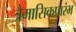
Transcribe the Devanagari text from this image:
त्रैमासिकप्रारंभ